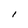
Character: I